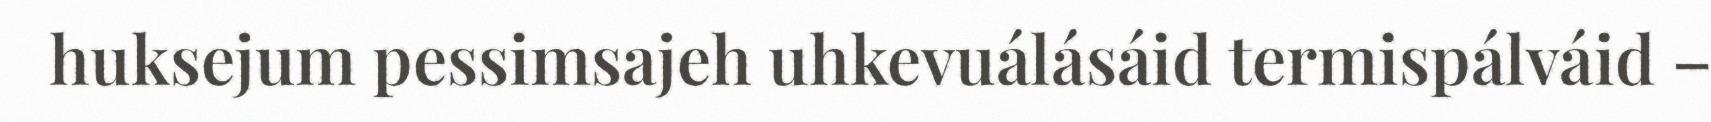
huksejum pessimsajeh uhkevuálásáid termispálváid –